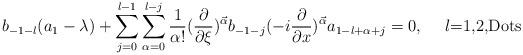
LaTeX: \begin{align*}b_{-1-l}(a_1-\lambda)+\sum_{j=0}^{l-1}\sum_{\alpha=0}^{l-j}\frac{1}{\alpha !}(\frac{\partial}{\partial\xi})^{\vec{\alpha}}b_{-1-j}(-i\frac{\partial}{\partial x})^{\vec{\alpha}}a_{1-l+\alpha+j}=0, \mbox{~~~~$l$=1,2,{\cal{D}}ots}\end{align*}